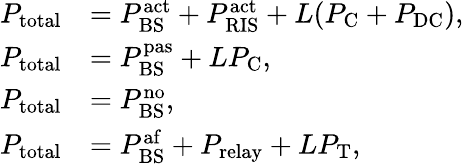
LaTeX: \begin{array}{rl}{P_{{\mathrm{total}}}}&{=P_{\mathrm{BS}}^{\mathrm{act}}+P_{\mathrm{RIS}}^{\mathrm{act}}+L(P_{\mathrm{C}}+P_{\mathrm{DC}}),}\\ {P_{{\mathrm{total}}}}&{=P_{\mathrm{BS}}^{\mathrm{pas}}+LP_{\mathrm{C}},}\\ {P_{{\mathrm{total}}}}&{=P_{\mathrm{BS}}^{\mathrm{no}},}\\ {P_{{\mathrm{total}}}}&{=P_{\mathrm{BS}}^{\mathrm{af}}+P_{\mathrm{relay}}+LP_{\mathrm{T}},}\end{array}